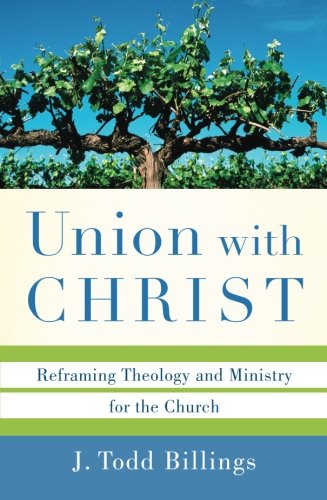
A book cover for Union with Christ: Reframing Theology and Ministry for the Church; J. Todd Billings; Christian Books & Bibles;